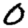
Digit: 0